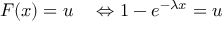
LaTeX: \begin{array} { r l } { F ( x ) = u } & { { } \Leftrightarrow 1 - e ^ { - \lambda x } = u } \end{array}